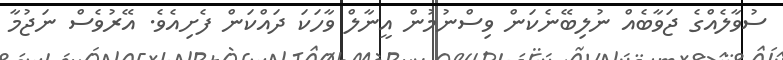
ސުވާލެއްގެ ޖަވާބެއް ނުލިބޭނެކަން ވިސްނުމުން އީނާލް ވާހަކަ ދައްކަން ފެށިއެވެ. އޭރުވެސް ނަޖުމާ